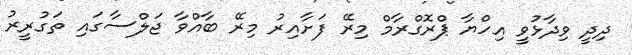
ދިދީ ވިދާޅުވީ އިހްޔާ ޕްރޮގްރާމް މިރޭ ފަށާއިރު މިރޭ ބާއްވާ ޖަލްސާގައި ތަގުރީރު